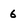
Character: 6